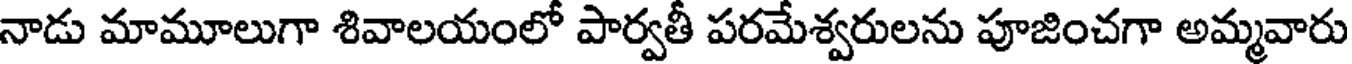
నాడు మామూలుగా శివాలయంలో పార్వతీ పరమేశ్వరులను పూజించగా అమ్మవారు